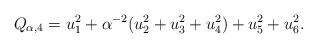
LaTeX: \begin{align*} Q_{\alpha, 4} = u_1^2 + \alpha^{-2} (u_2^2 + u_3^2 + u_4^2) + u_5^2 + u_6^2. \end{align*}